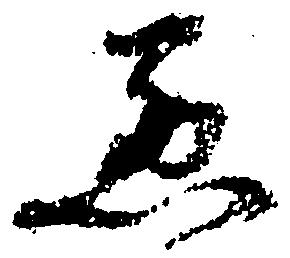
悪